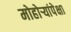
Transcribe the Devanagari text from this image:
मोहोऱ्यांपेक्षा